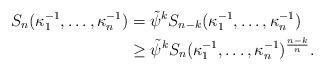
LaTeX: \begin{align*}S_{n}(\kappa_1^{-1}, \ldots,\kappa_n^{-1}) & =\tilde\psi^k S_{n-k}(\kappa_1^{-1}, \ldots,\kappa_n^{-1})\\& \geq \tilde\psi^k S_{n}(\kappa_1^{-1}, \ldots,\kappa_n^{-1})^{\frac{n-k}{n}}.\end{align*}